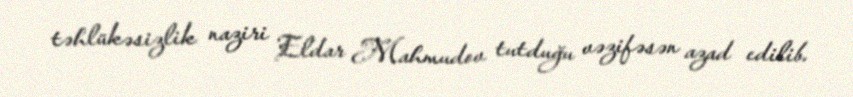
təhlükəsizlik naziri Eldar Mahmudov tutduğu vəzifəsən azad edilib.